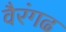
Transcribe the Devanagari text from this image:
वैरंगढ